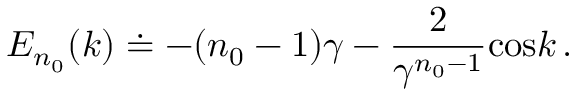
E _ { n _ { 0 } } ( k ) \doteq - ( n _ { 0 } - 1 ) \gamma - { \frac { 2 } { \gamma \sp { n _ { 0 } - 1 } } } \mathrm { c o s } k \, .